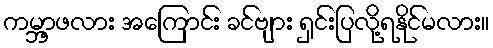
ကမ္ဘာ့ဖလား အကြောင်း ခင်ဗျား ရှင်းပြလို့ရနိုင်မလား။